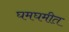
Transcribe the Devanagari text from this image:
घमघमीत